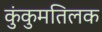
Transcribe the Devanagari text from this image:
कुंकुमतिलक